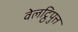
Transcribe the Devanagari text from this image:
वेलट्ठिपुत्त